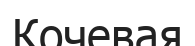
Кочевая